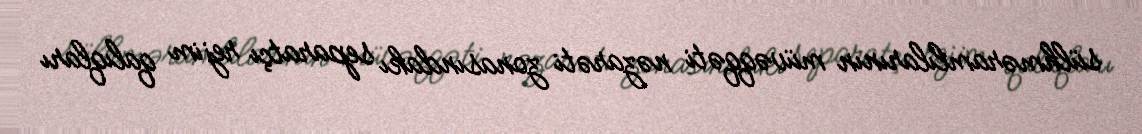
sülhməramlılarının müvəqqəti nəzarəti zonasındakı separatçı rejim qalıqları